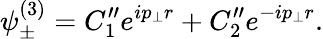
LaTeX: \psi_{\pm}^{(3)}=C_{1}^{\prime\prime}e^{ip_{\bot}r}+C_{2}^{\prime\prime}e^{-ip_{\bot}r}.